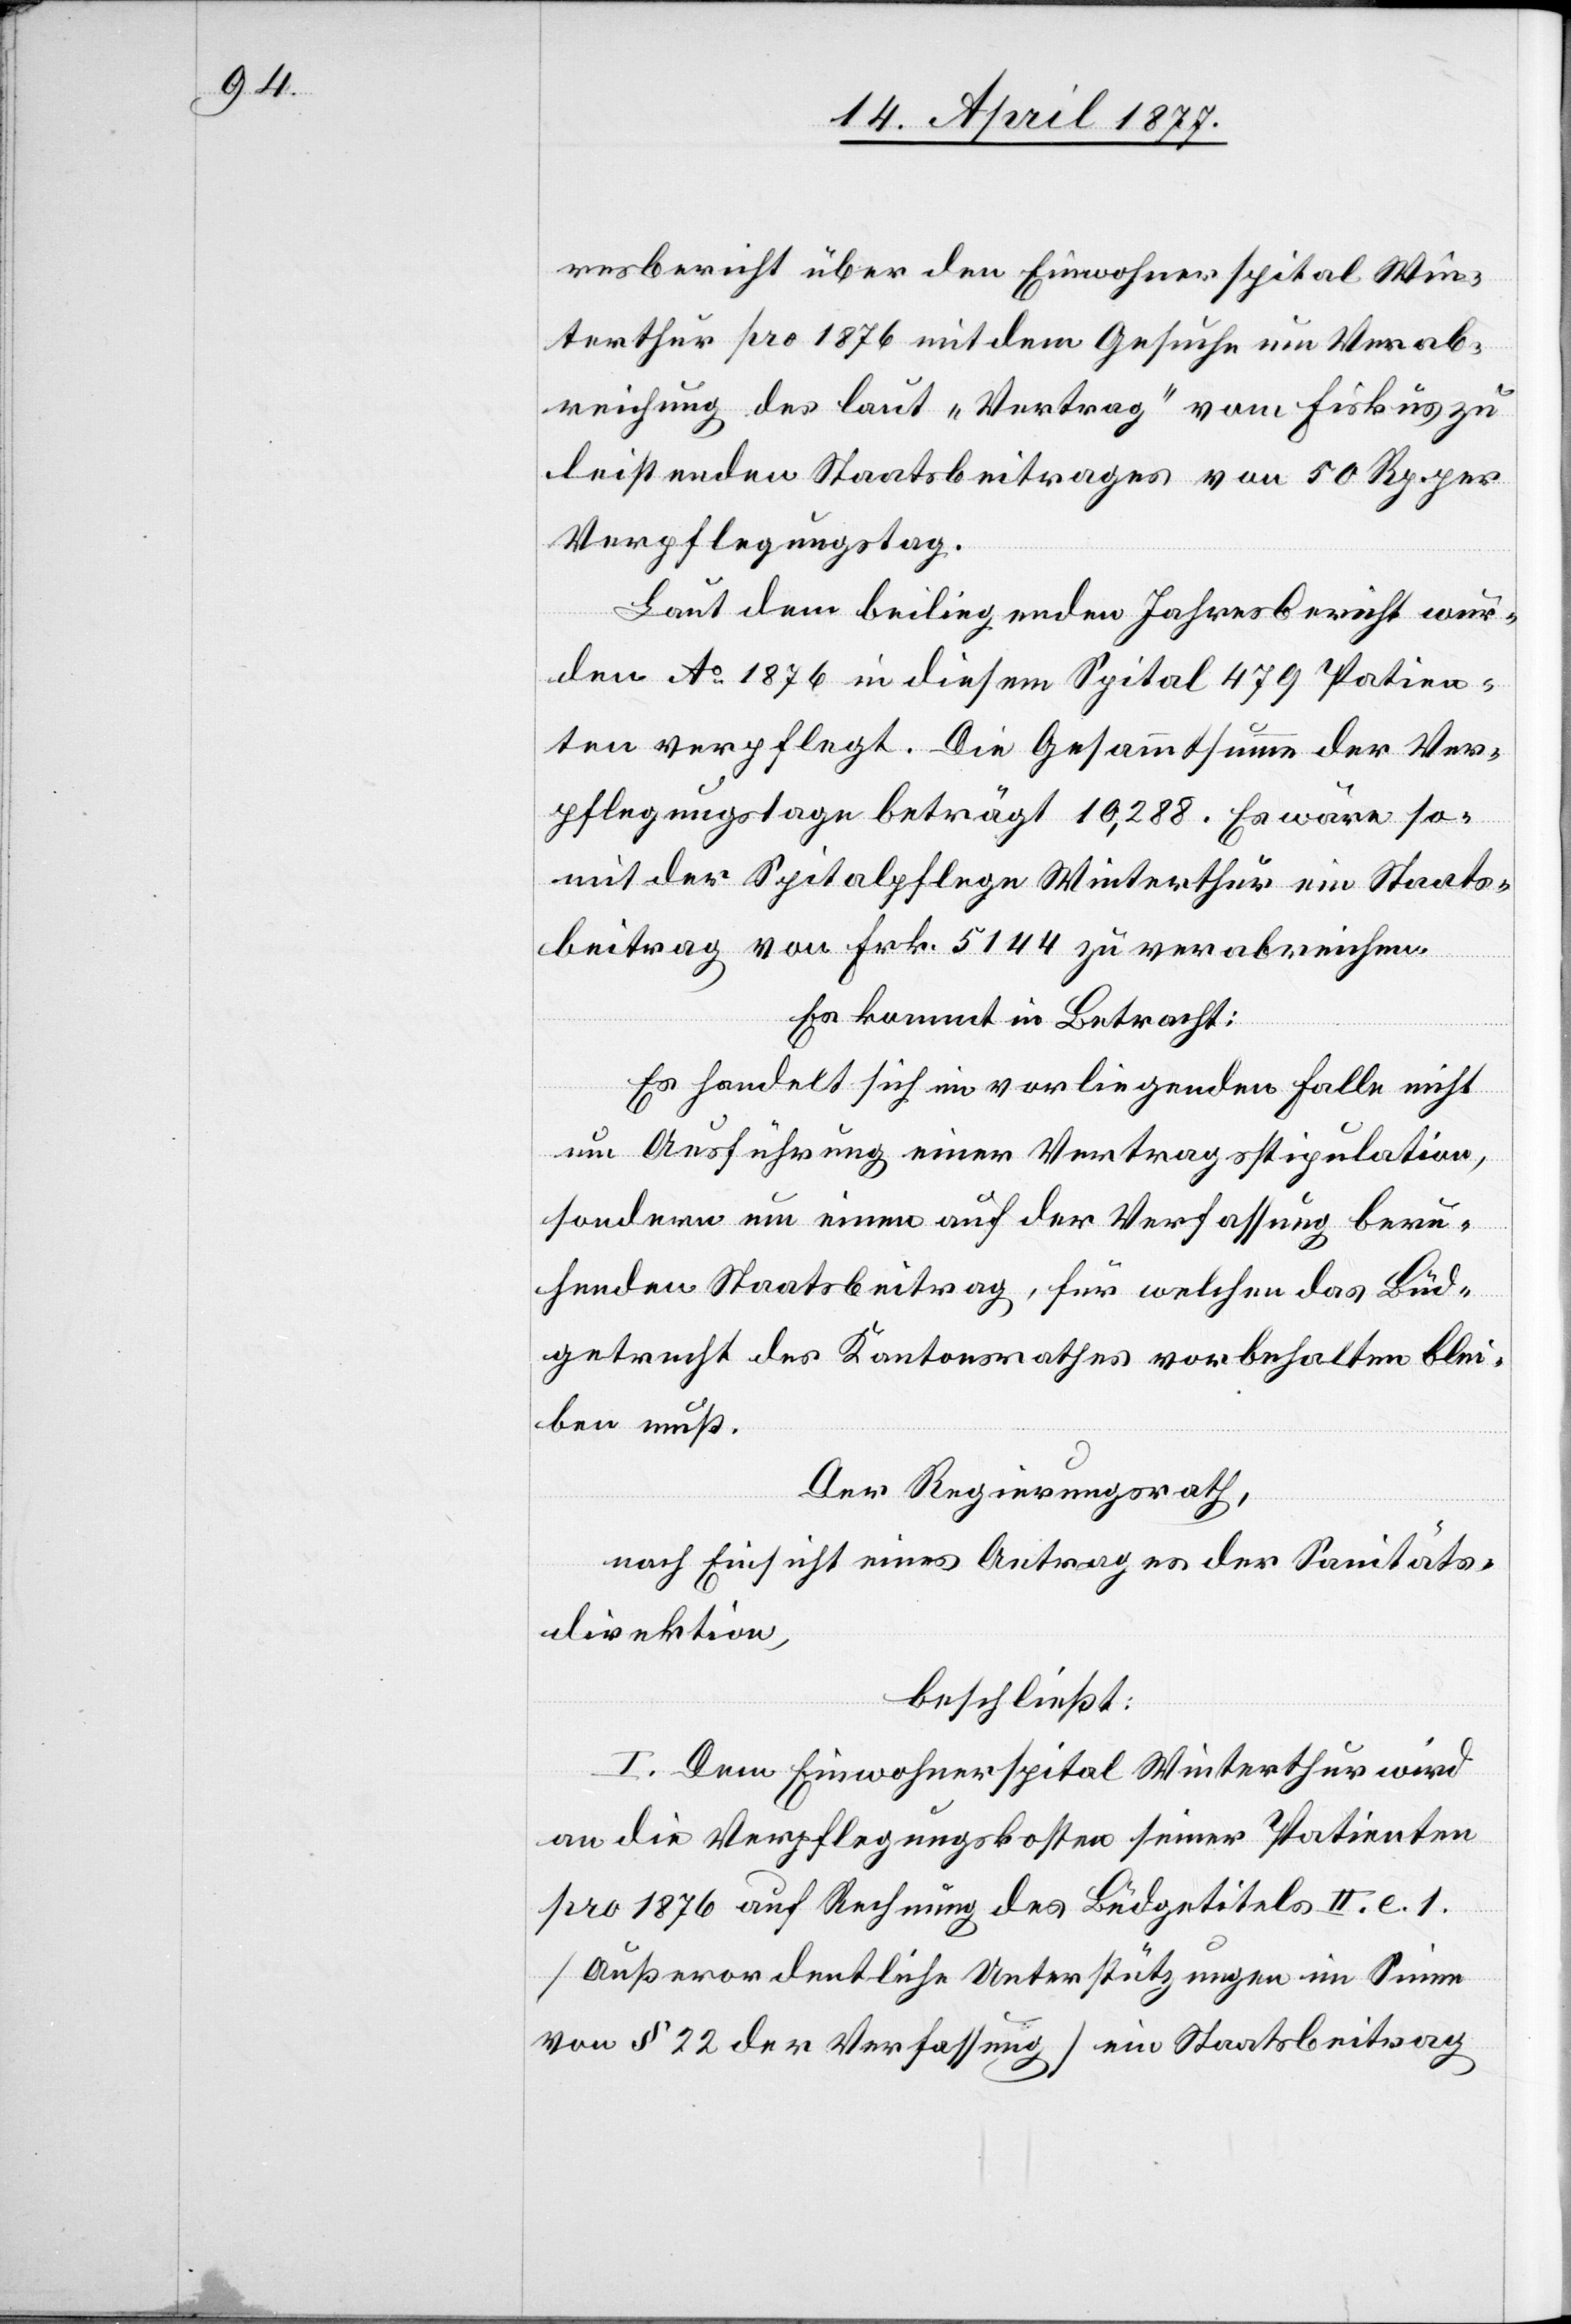
resbericht über den Einwohnerspital Win¬
terthur pro 1876 mit den Gesuche um Verab¬
reichung des laut „Vertrag“ vom Fiskus zu
leistenden Staatsbeitrages von 50 Rp. per
Verpflegungstag.
Laut dem beiliegenden Jahresbericht wur¬
den Ao 1876 in diesem Spital 479 Patien¬
ten verpflegt. Die Gesammtsumme der Ver¬
pflegungstage beträgt 10,288. Es wäre so¬
mit der Spitalpflege Winterthur ein Staats¬
beitrag von Frk. 5144 zu verabreichen.
Es kommt in Betracht:
Es handelt sich im vorliegenden Falle nicht
um Ausführung einer Vertragsstipulation,
sondern um einen auf der Verfassung beru¬
henden Staatsbeitrag, für welchen das Büd¬
getrecht des Kantonsrathes vorbehalten blei¬
ben muß.
Der Regierungsrath,
nach Einsicht eines Antrages der Sanitäts¬
direktion,
beschließt:
I. Dem Einwohnerspital Winterthur wird
an die Verpflegungskosten seiner Patienten
pro 1876 auf Rechnung des Büdget[t]itels II. e. 1.
[Außerordentliche Unterstützungen im Sinne
von § 22 der Verfassung] ein Staatsbeitrag